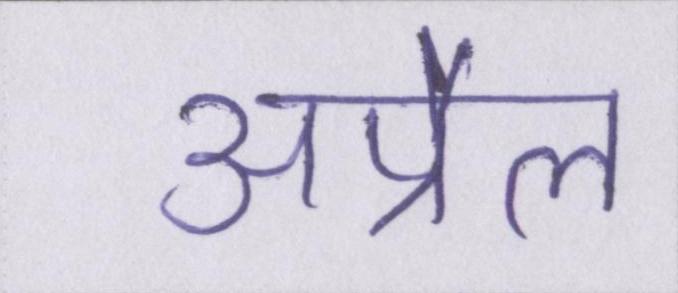
अप्रैल